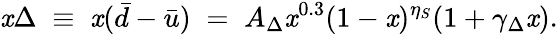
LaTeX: \mathit{x}\Delta\; \equiv\; \mathit{x}(\bar{{d}}-\bar{{u}})\; =\; A_{\Delta}\mathit{x}^{0.3}(1-\mathit{x})^{\eta_{S}}(1+\gamma_{\Delta}\mathit{x}).